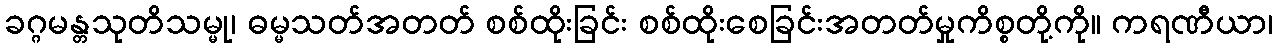
ခဂ္ဂမန္တသုတိသမ္မု၊ ဓမ္မသတ်အတတ် စစ်ထိုးခြင်း စစ်ထိုးစေခြင်းအတတ်မှုကိစ္စတို့ကို။ ကရဏီယာ၊